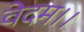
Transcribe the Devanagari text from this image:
वेदम।।